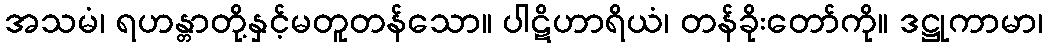
အသမံ၊ ရဟန္တာတို့နှင့်မတူတန်သော။ ပါဋိဟာရိယံ၊ တန်ခိုးတော်ကို။ ဒဋ္ဌုကာမာ၊